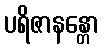
ပရိဇာနန္တော